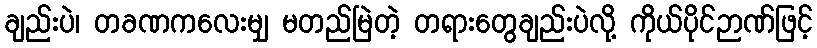
ချည်းပဲ၊ တခဏကလေးမျှ မတည်မြဲတဲ့ တရားတွေချည်းပဲလို့ ကိုယ်ပိုင်ဉာဏ်ဖြင့်